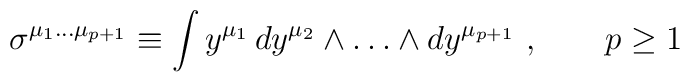
\sigma^{\mu_1\dots\mu_{p+1}}\equiv \int y^{\mu_1}\, dy^{\mu_2}\wedge\dots\wedge dy^{\mu_{p+1}}\ ,\qquad p\ge 1